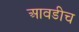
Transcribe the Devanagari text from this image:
आवडीच